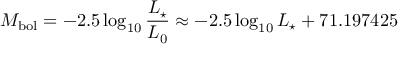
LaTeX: M _ { \mathrm { b o l } } = - 2 . 5 \log _ { 1 0 } { \frac { L _ { \star } } { L _ { 0 } } } \approx - 2 . 5 \log _ { 1 0 } L _ { \star } + 7 1 . 1 9 7 4 2 5